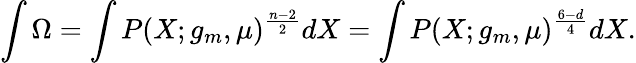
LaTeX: \int\Omega=\int P(X;g_{m},\mu)^{\frac{n-2}{2}}dX=\int P(X;g_{m},\mu)^{\frac{6-d}{4}}dX.